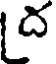
ద